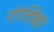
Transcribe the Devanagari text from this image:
ऐतिक।